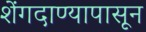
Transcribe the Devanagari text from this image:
शेंगदाण्यापासून